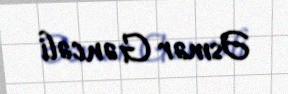
Əsmər Gəncəli